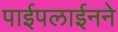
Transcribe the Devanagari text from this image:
पाईपलाईनने